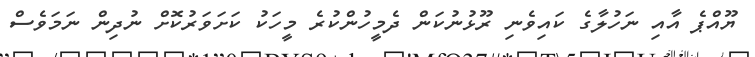
ޔޫއްޕެ އާއި ނަހުލާގެ ކައިވެނި ރޫޅުނުކަން ދެމީހުންކުރެ މީހަކު ކަށަވަރުކޮށް ނުދިން ނަމަވެސް